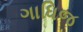
ગાધિજ